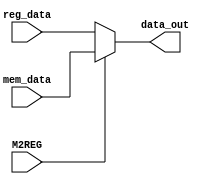
module Mem_Reg_selector( reg_data,mem_data, M2REG, data_out);
	input[31:0] mem_data;
	input[31:0] reg_data;
	input M2REG;
	output reg [31:0] data_out;

	initial
		begin
			data_out = 0;
		end

	always @(mem_data, reg_data, M2REG) begin
		if (M2REG==0) begin
			data_out = reg_data;
			// $display("Mem_Reg_selector data_out is %b",data_out);
		end
		else begin
			data_out = mem_data;
			$display("mem_data %b",data_out);
		end
	end
endmodule